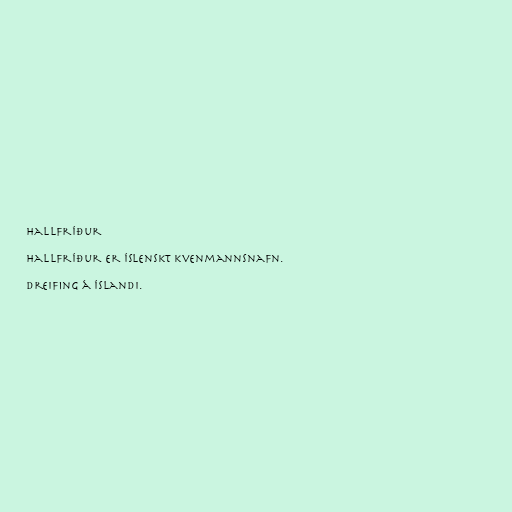
Hallfríður

Hallfríður er íslenskt kvenmannsnafn.

Dreifing á Íslandi.